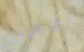
أفضل